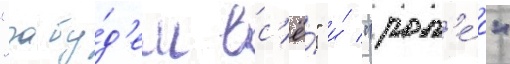
"забу́д'ем вс'ё́" и́ "ром'е́о"